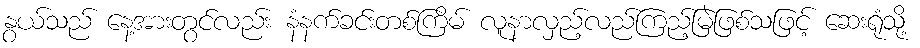
နွယ်သည် နေ့အားတွင်လည်း နံနက်ခင်းတစ်ကြိမ် လူနာလှည့်လည်ကြည့်မြဲဖြစ်သဖြင့် ဆေးရုံသို့